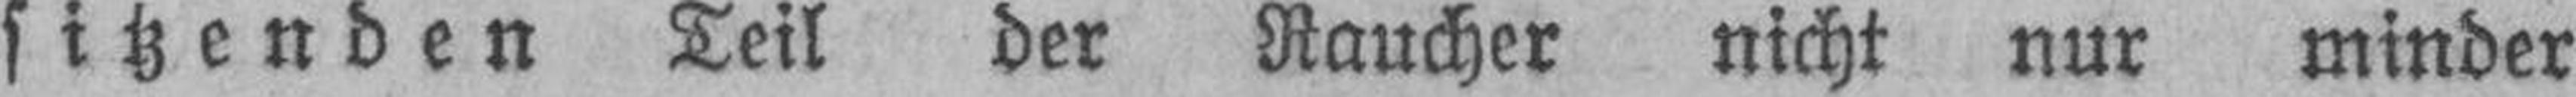
sitzenden Teil der Raucher nicht nur minder